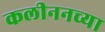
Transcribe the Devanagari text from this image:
कलीननच्या